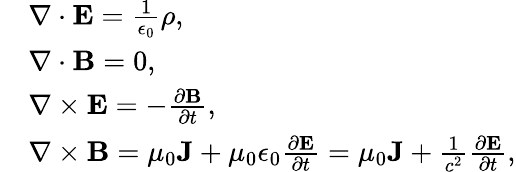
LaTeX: \begin{array}{rl}&{\nabla\cdot{\mathbf E}=\frac{1}{\epsilon_{0}}\rho,}\\ &{\nabla\cdot{\mathbf B}=0,}\\ &{\nabla\times{\mathbf E}=-\frac{\partial{\mathbf B}}{\partial t},}\\ &{\nabla\times{\mathbf B}=\mu_{0}{\mathbf J}+\mu_{0}\epsilon_{0}\frac{\partial{\mathbf E}}{\partial t}=\mu_{0}{\mathbf J}+\frac{1}{c^{2}}\frac{\partial{\mathbf E}}{\partial t},}\end{array}